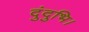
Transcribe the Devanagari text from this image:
दुंदुभि।